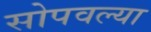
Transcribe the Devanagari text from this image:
सोपवल्या